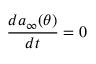
\frac { d a _ { \infty } ( \theta ) } { d t } = 0